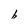
Character: h